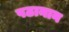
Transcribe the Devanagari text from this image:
पठानान